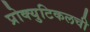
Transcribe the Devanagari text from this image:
प्रोक्युटिकलची